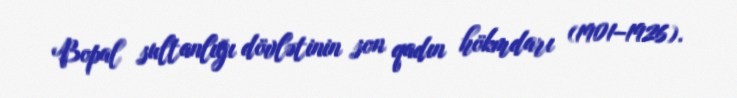
Bopal sultanlığı dövlətinin son qadın hökmdarı (1901–1926).